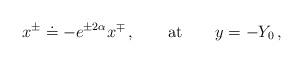
LaTeX: \begin{align*}x^{\pm} \doteq - e^{\pm 2\alpha} x^{\mp}\,, \qquad \mbox{at}\qquad y = - Y_0\,, \end{align*}